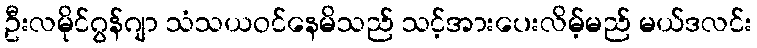
ဦးလမိုင်ဂွန်ဂျာ သံသယဝင်နေမိသည် သင့်အားပေးလိမ့်မည် မယ်ဒလင်း